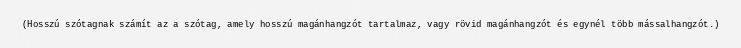
(Hosszú szótagnak számít az a szótag, amely hosszú magánhangzót tartalmaz, vagy rövid magánhangzót és egynél több mássalhangzót.)